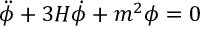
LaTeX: \ddot { \phi } + 3 H \dot { \phi } + m ^ { 2 } \phi = 0